Reports on military cantonments and civil stations in the Presidency of Bombay inspected by the Sanitary Commissioner in the years 1875 and 1876
Year: 1875
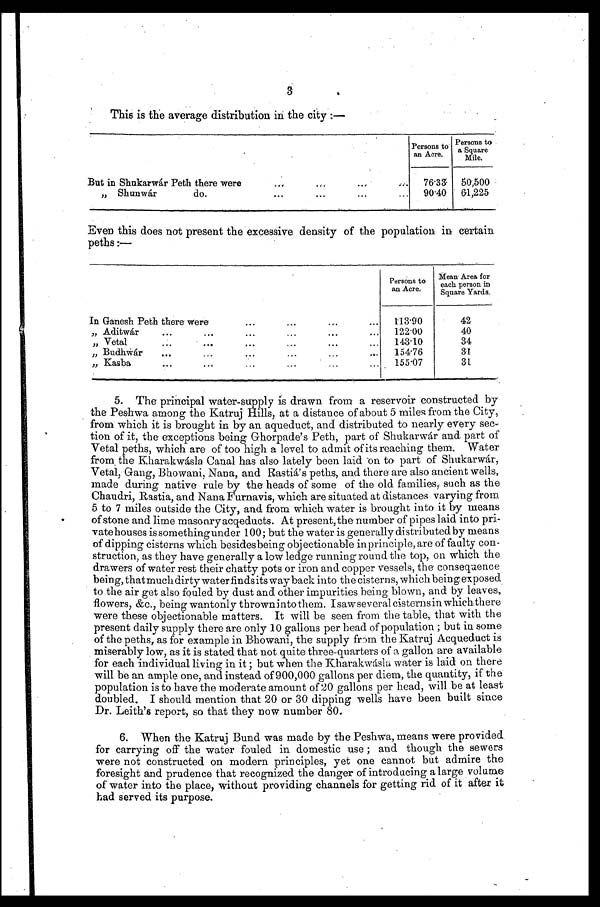
This is the average distribution in the city :—
Persons to
an Acre.
Persons to
a Square
Mile.
But in Shukarwár Peth there were . . .
76.33
50.500
"
Shunwár
do.
.
.
.
90.40
61,225
Even this does not present the excessive density of the population in certain
peths :—
Persons to
an Acre.
Mean Area for
each person in
Square Yards.
In Ganesh Peth there were . . .
113.90
4 2
" Aditwár . . .
122.00
40
" Vetal . . .
143.10
34
" Budhwár . . .
154.76
31
" Kasba . . .
155.07
31
5. The principal water-supply is drawn from a reservoir constructed by
the Peshwa among the Katruj Hills, at a distance of about 5 miles from the City,
from which it is brought in by an aqueduct, and distributed to nearly every sec
-
tion of it, the exceptions being Ghorpade's Peth, part of Shukarwár and part of
Vetal peths, which are of too high a level to admit of its reaching them. Water
from, the Kharakwásla Canal has also lately been laid on to part of Shukarwár,
Vetal, Gang, Bhowani, Nana, and Rastá's peths, and there are also ancient wells,
made during native rule by the heads of some of the old families, such as the
Chaudri, Rastia, and Nana Furnavis, which are situated at distances varying from
5 to 7 miles outside the City, and from which water is brought into it by means
of stone and lime masonry acqeducts. At present, the number of pipes laid into pri
-
vate houses is something under 100; but the water is generally distributed by means
of dipping cisterns which besidesbeing objectionable in principle, are of faulty con
-
truction, as they have generally a low ledge running round the top, on which the
drawers of water rest their chatty pots or iron and copper vessels, the consequence
being, thatmuch dirty water finds its way back into the cisterns, which being exposed
to the air get also fouled by dust and other impurities being blown, and by leaves,
flowers, &c., being wantonly throwninto them. I saw several cisternsin which there
were these objectionable matters. It will be seen from the table, that with the
present daily supply there are only 10 gallons per head of population ; but in some
of the peths, as for example in Bhowani, the supply from the Katruj Acqueduct is
miserably low, as it is stated that not quite three-quarters of a gallon are available
for each individual living in it ; but when the Kharakwásla water is laid on there
will be an ample one, and instead of 900,000 gallons per diem, the quantity, if the
population is to have the moderate amount of 20 gallons per head, will be at least
doubled. I should mention that 20 or 30 dipping wells have been built since
Dr. Leith's report, so that they now number 80.
6. When the Katruj Bund was made by the Peshwa, means were provided
for carrying off the water fouled in domestic use ; and though the sewers
were not constructed on modern principles, yet one cannot but admire the
foresight and prudence that recognized the danger of introducing a large volume
of water into the place, without providing channels for getting rid of it after it
had served its purpose.